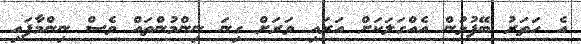
އެ ހަތަރު ބޭފުޅުން އެއްގަލަކަށް އަރައި ވަރަށް ގިނަ ނިންމުންތައް ވެސް ނިންމާފައި